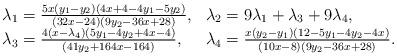
LaTeX: \begin{align*}\begin{array}{ll}\lambda_1 = \frac{5x(y_1-y_2)(4x+4-4y_1-5y_2)}{(32x-24) (9y_2-36x+28) }, & \lambda_2 = 9\lambda_1 + \lambda_3 + 9\lambda_4, \\\lambda_3 = \frac{4(x-\lambda_4)(5y_1-4y_2+4x-4)}{ (41y_2+164x-164) }, & \lambda_4 = \frac{x(y_2-y_1)(12-5y_1-4y_2-4x)}{ (10x-8) (9y_2-36x+28) }.\\\end{array}\end{align*}